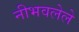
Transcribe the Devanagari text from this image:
नीभवलेले